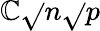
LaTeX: \mathbb{C}{\sqrt{}{{n}}}{\sqrt{}{{p}}}